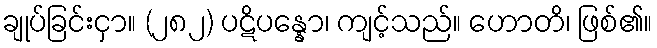
ချုပ်ခြင်းငှာ။ (၂၈၂) ပဋိပန္နော၊ ကျင့်သည်။ ဟောတိ၊ ဖြစ်၏။